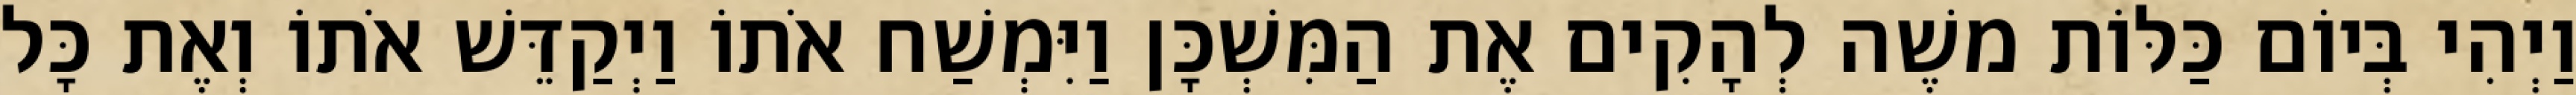
וַיְהִי בְּיוֹם כַּלּוֹת משֶׁה לְהָקִים אֶת הַמִּשְׁכָּן וַיִּמְשַׁח אֹתוֹ וַיְקַדֵּשׁ אֹתוֹ וְאֶת כָּל